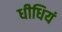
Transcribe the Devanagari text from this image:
धीधियं